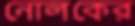
নোলকের